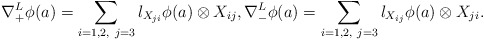
\begin{align*}\nabla^L_+\phi(a)=\sum_{i=1, 2,~j=3} l_{X_{ji}}\phi(a)\otimes X_{ij},\nabla^L_-\phi(a)=\sum_{i=1, 2,~j=3} l_{X_{ij}}\phi(a)\otimes X_{ji}.\end{align*}